Leningradi_Edasi_toimetus, lk 43
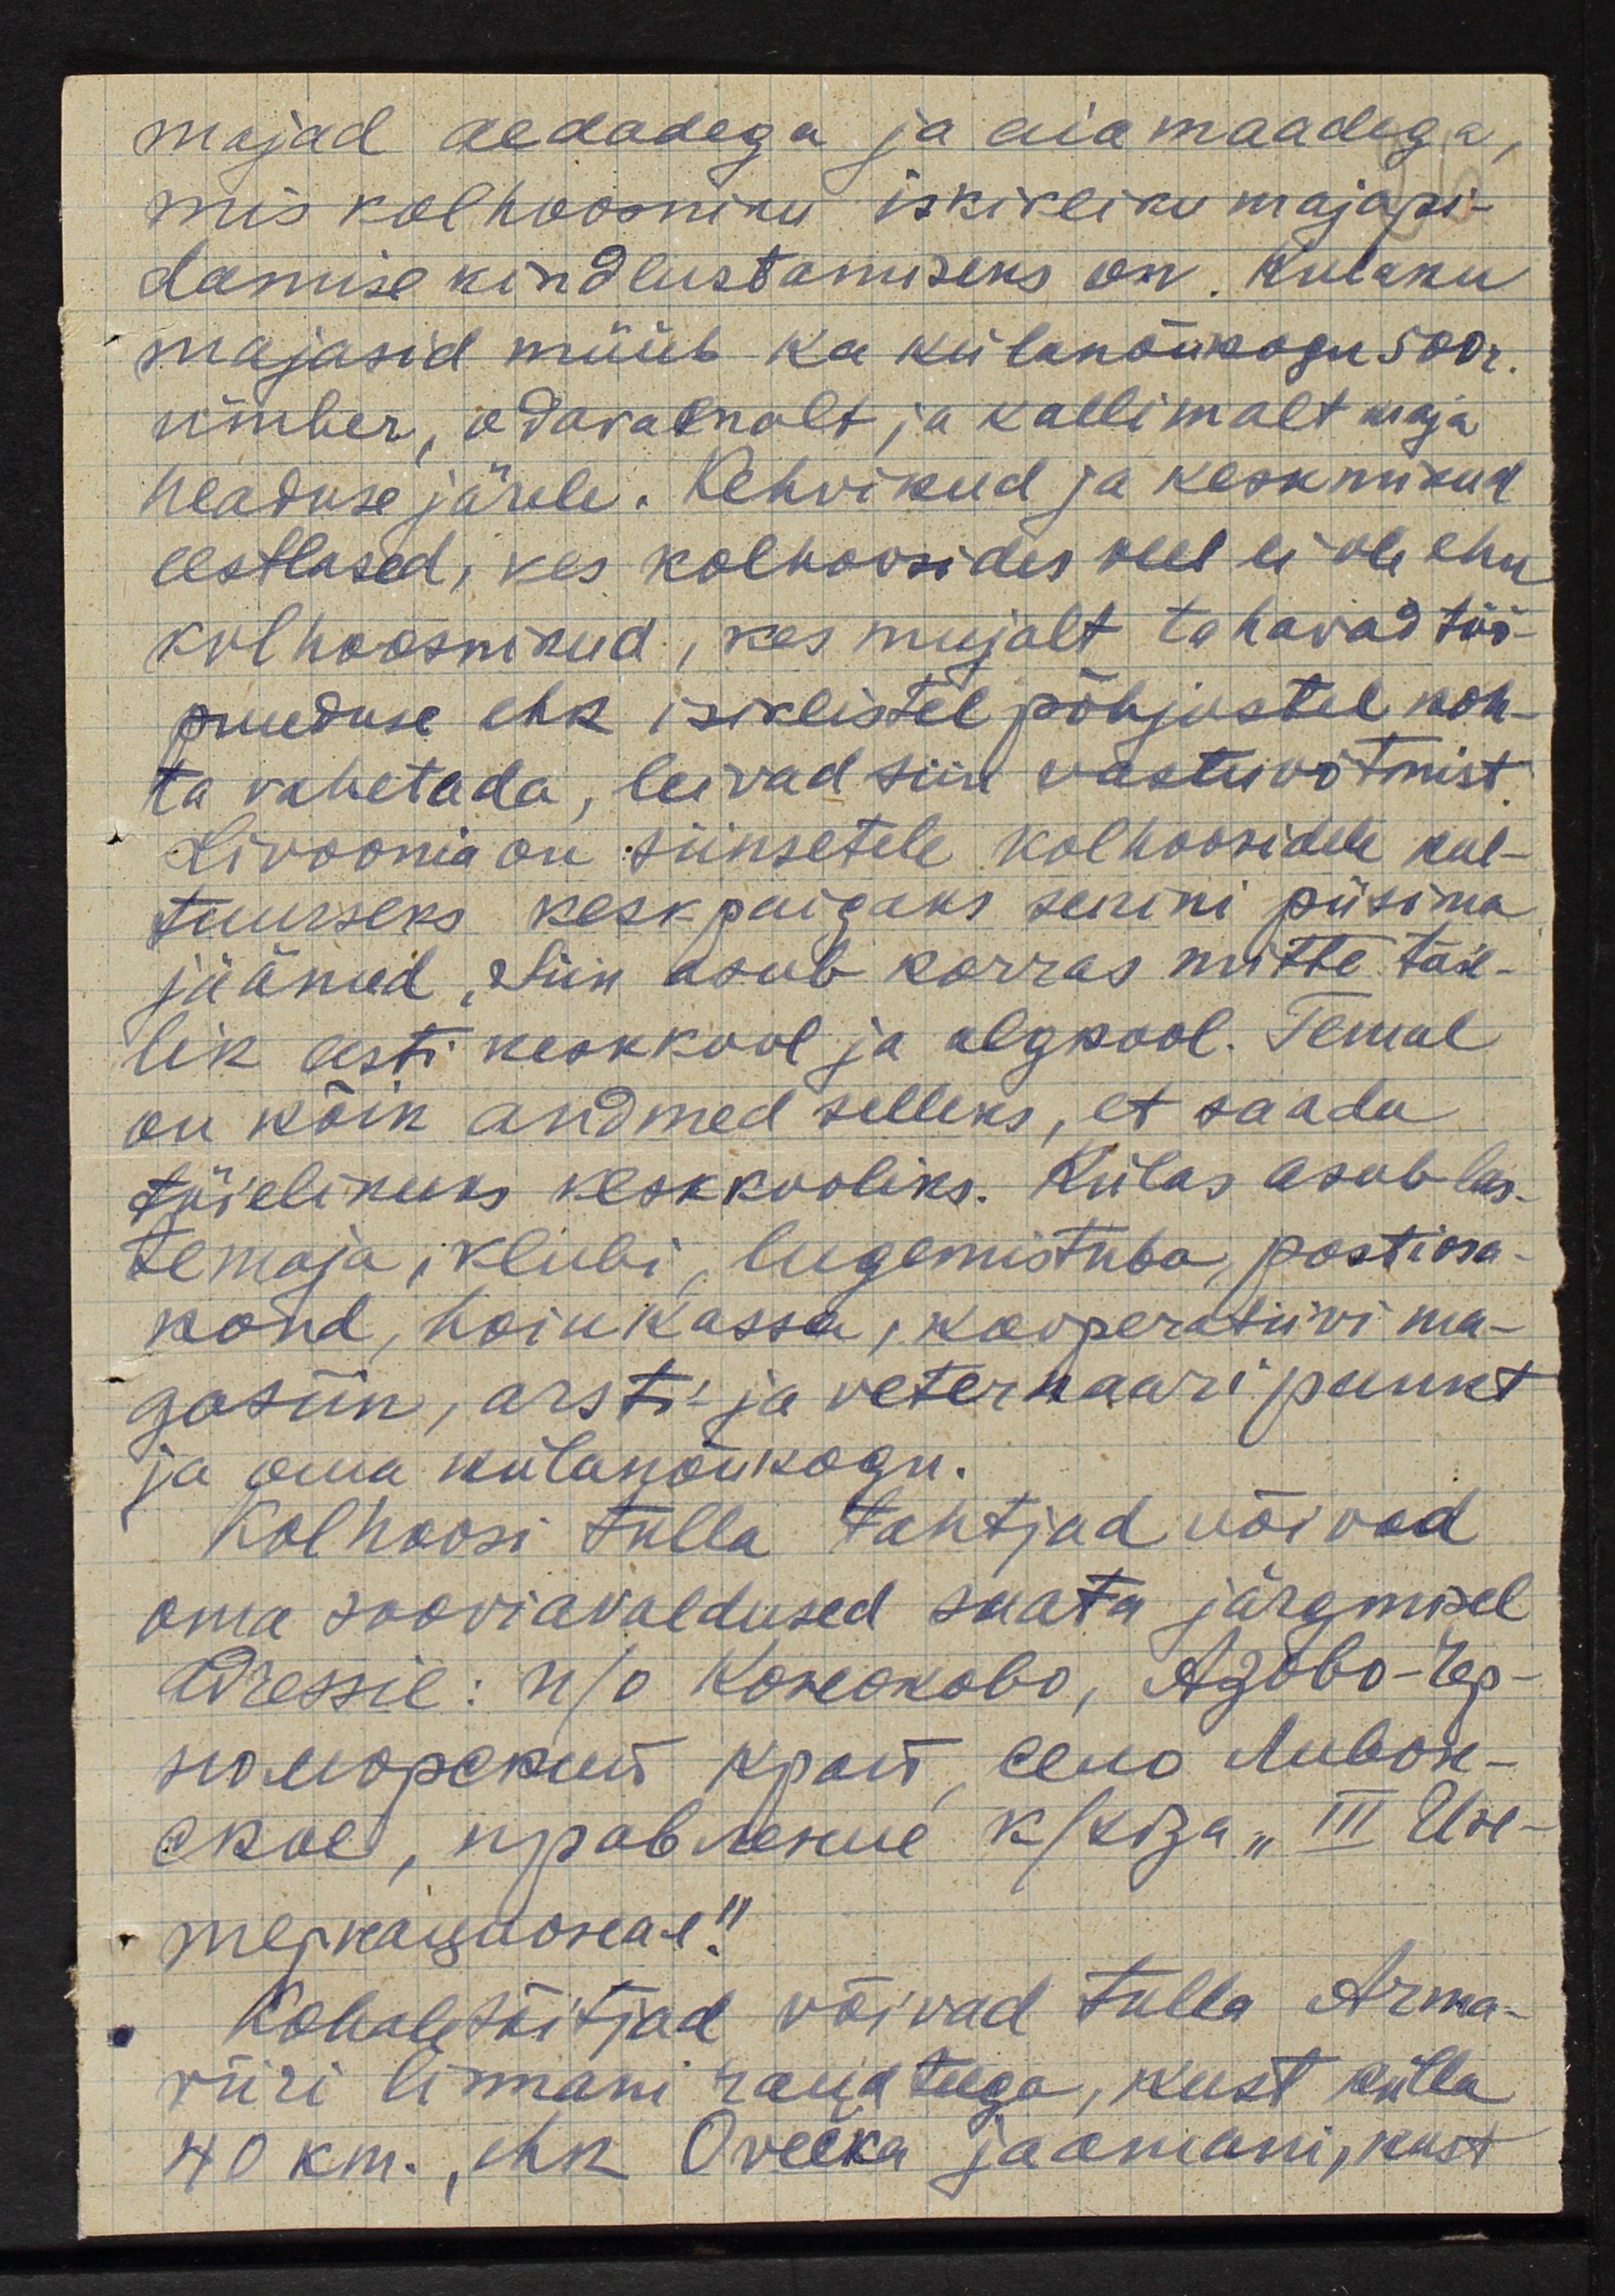
majad aedadega ja aia maadega,
mis kolhoosniku iskikliku majapi-
damise kindlustamiseks on. Kulaku
majasid müüb ka külanõukogu 500 r.
ümber, odavamalt ja kallimalt maja
headuse järele. Kehvikud ja keskmikut
eestlased, kes kolhoosides veel ei ole ehk
kolhoosnikud, kes mujalt tahavad töö-
puuduse ehk isiklistel põhjustel koh-
ta vahetada, leivad siin vastuvõtmist.
Livoonia on siinsetele kolhoosidele kul-
tuurseks keskpaigaks senini püsima
jäänud, Siin asub korras mitte täie-
lik eesti keskkool ja algkool. Temal
on kõik andmed selleks, et saada
täielikuks keskkooliks. Rülas asub las-
te maja, klubi, lugemistuba, postiosa-
kond, hoiukassa, kooperatiivi ma-
gasiin, arsti- ja veternaaripunkt
ja oma külanõukogu.
Kolhoosi tulla tahtjad võivad
oma sooviavaldused saata järgmisel
Aressil: п/о Консоково, Азово-tep-
номожекия Края село Ливол-
ское, правение kskiga "III Use-
теркальнона-e"
Kohalesõitjad võivad tulla Arma-
viiri linnani raudteega, kust külla
40 km., ehk Oveeka jaamani, kust